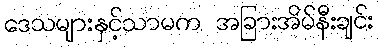
ဒေသများနှင့်သာမက အခြားအိမ်နီးချင်း